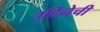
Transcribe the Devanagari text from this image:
उदिनेची